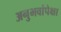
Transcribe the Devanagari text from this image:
अनुभवांपेक्षा